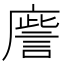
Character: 𢋀